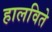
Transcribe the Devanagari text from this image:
हालविते